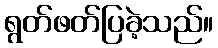
ရွတ်ဖတ်ပြခဲ့သည်။